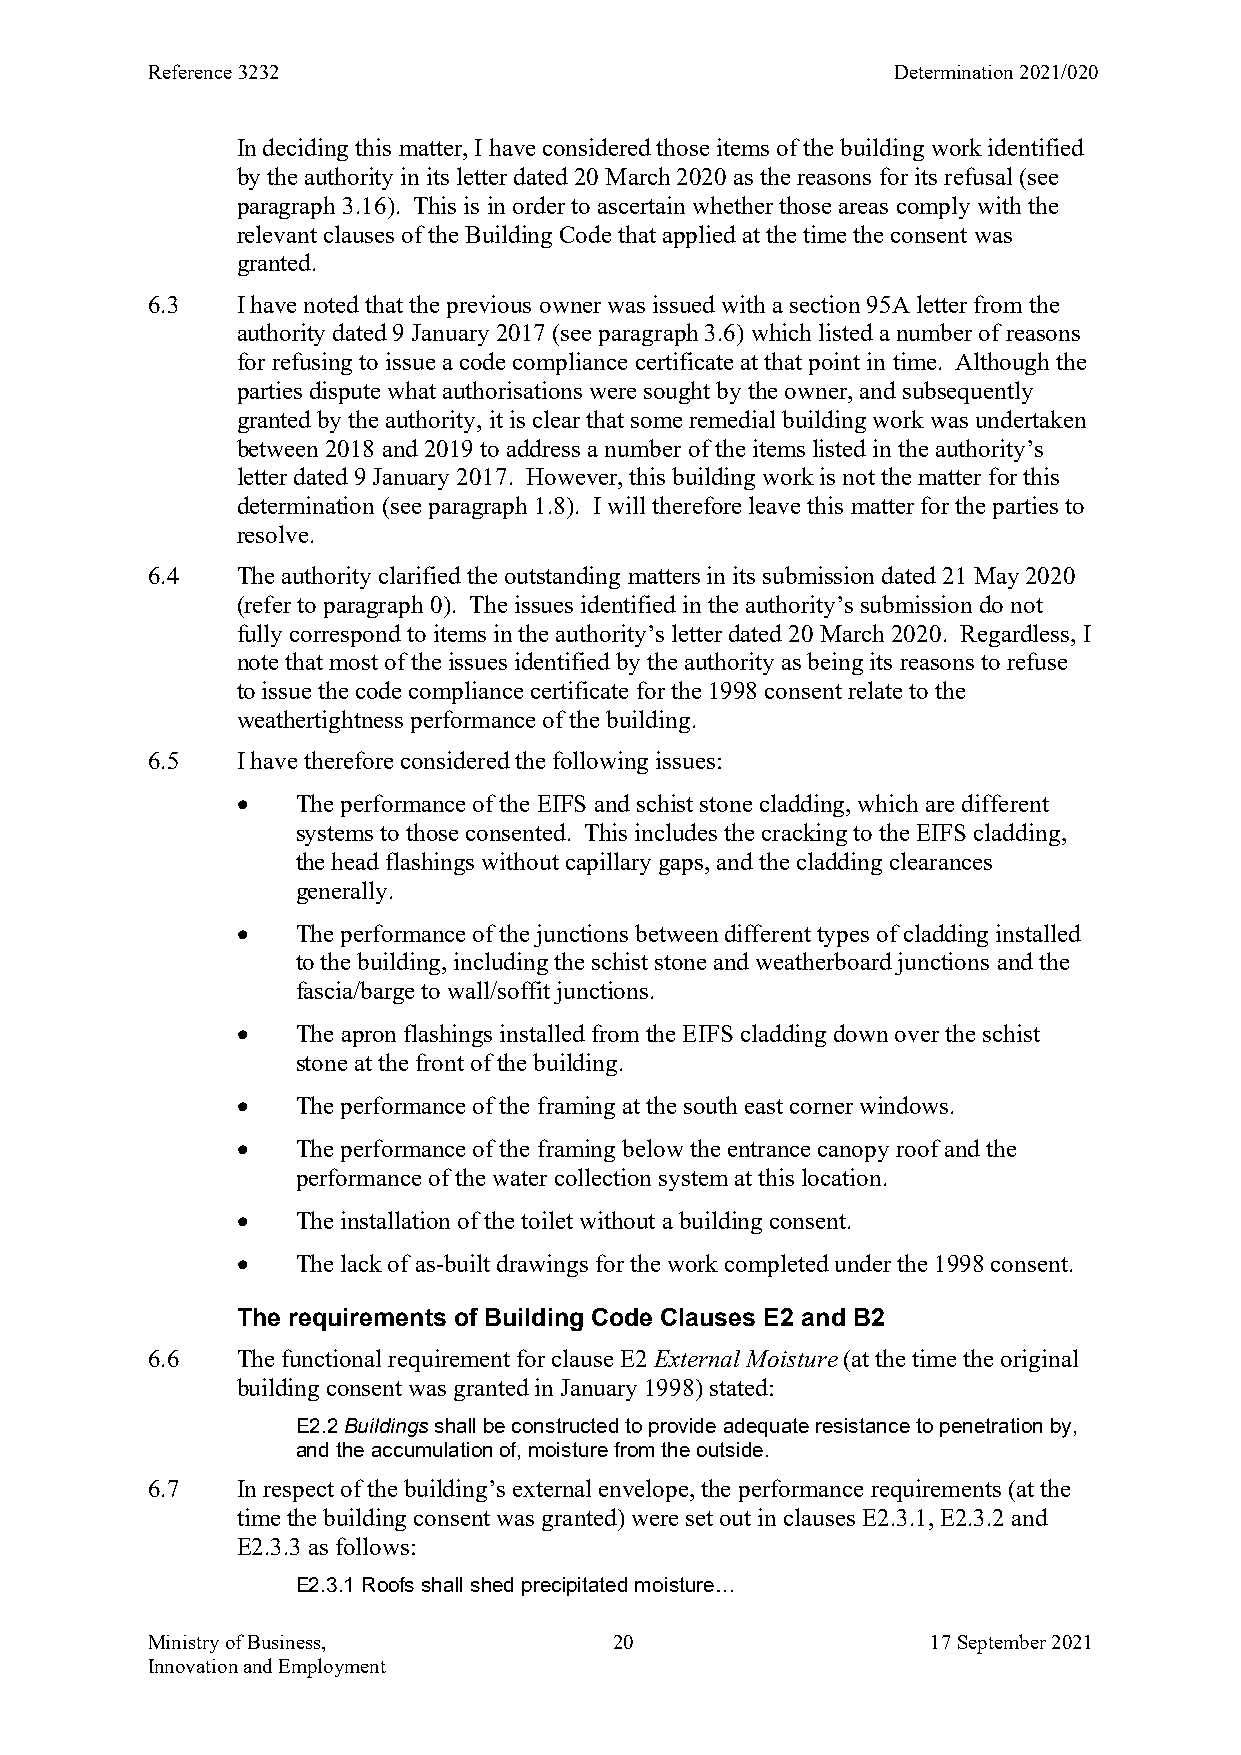
Reference 3232                                   Determination 2021/020
 In deciding this matter, I have considered those items of the building work identified
 by the authority in its letter dated 20 March 2020 as the reasons for its refusal (see
 paragraph 3.16). This is in order to ascertain whether those areas comply with the
 relevant clauses of the Building Code that applied at the time the consent was
 granted.
 6.3   I have noted that the previous owner was issued with a section 95A letter from the
 authority dated 9 January 2017 (see paragraph 3.6) which listed a number of reasons
 for refusing to issue a code compliance certificate at that point in time. Although the
 parties dispute what authorisations were sought by the owner, and subsequently
 granted by the authority, it is clear that some remedial building work was undertaken
 between 2018 and 2019 to address a number of the items listed in the authority’s
 letter dated 9 January 2017. However, this building work is not the matter for this
 determination (see paragraph 1.8). I will therefore leave this matter for the parties to
 resolve.
 6.4   The authority clarified the outstanding matters in its submission dated 21 May 2020
 (refer to paragraph 0). The issues identified in the authority’s submission do not
 fully correspond to items in the authority’s letter dated 20 March 2020. Regardless, I
 note that most of the issues identified by the authority as being its reasons to refuse
 to issue the code compliance certificate for the 1998 consent relate to the
 weathertightness performance of the building.
 6.5   I have therefore considered the following issues:
    The performance of the EIFS and schist stone cladding, which are different
 systems to those consented. This includes the cracking to the EIFS cladding,
 the head flashings without capillary gaps, and the cladding clearances
 generally.
    The performance of the junctions between different types of cladding installed
 to the building, including the schist stone and weatherboard junctions and the
 fascia/barge to wall/soffit junctions.
    The apron flashings installed from the EIFS cladding down over the schist
 stone at the front of the building.
    The performance of the framing at the south east corner windows.
    The performance of the framing below the entrance canopy roof and the
 performance of the water collection system at this location.
    The installation of the toilet without a building consent.
    The lack of as-built drawings for the work completed under the 1998 consent.
 The requirements of Building Code Clauses E2 and B2
 6.6   The functional requirement for clause E2 External Moisture (at the time the original
 building consent was granted in January 1998) stated:
 E2.2 Buildings shall be constructed to provide adequate resistance to penetration by,
 and the accumulation of, moisture from the outside.
 6.7   In respect of the building’s external envelope, the performance requirements (at the
 time the building consent was granted) were set out in clauses E2.3.1, E2.3.2 and
 E2.3.3 as follows:
 E2.3.1 Roofs shall shed precipitated moisture…
 Ministry of Business,          20                   17 September 2021
 Innovation and Employment